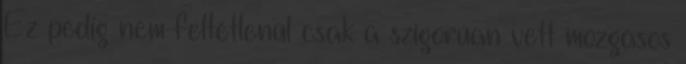
Ez pedig nem feltétlenül csak a szigorúan vett mozgásos